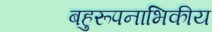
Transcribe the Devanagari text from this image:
बहुरूपनाभिकीय